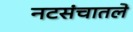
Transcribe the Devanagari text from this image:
नटसंचातले